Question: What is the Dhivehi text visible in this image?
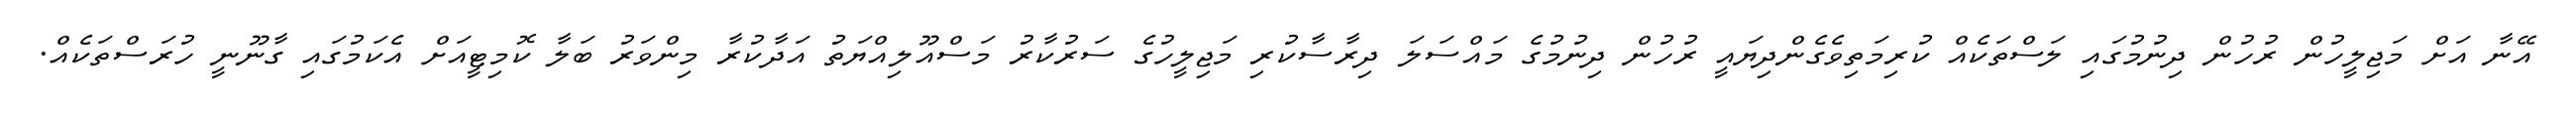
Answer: އޭނާ އަށް މަޖިލީހުން ރުހުން ދިނުމުގައި ލަސްތަކެއް ކުރިމަތިވެގެންދިޔައީ ރުހުން ދިނުމުގެ މައްސަލަ ދިރާސާކުރި މަޖިލީހުގެ ސަރުކާރު މަސްއޫލިއްޔަތު އަދާކުރާ މިންވަރު ބަލާ ކޮމިޓީއަށް އެކަމުގައި ގާނޫނީ ހުރަސްތަކެއް.